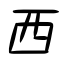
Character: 西